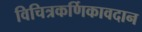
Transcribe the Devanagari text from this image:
विचित्रकर्णिकावदान